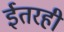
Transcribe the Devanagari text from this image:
ईतरही